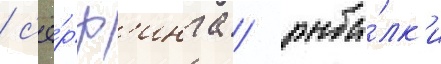
/ с'ё́рф'инга / рыба́лк'и